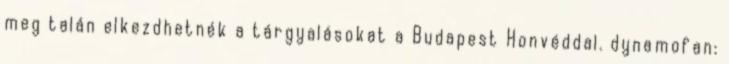
meg talán elkezdhetnék a tárgyalásokat a Budapest Honvéddal. dynamofan: